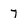
Character: 7